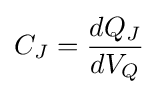
C_{J}={\frac {dQ_{J}}{dV_{Q}}}